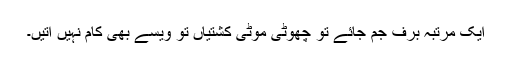
ایک مرتبہ برف جم جائے تو چھوٹی موٹی کشتیاں تو ویسے بھی کام نہیں آتیں۔